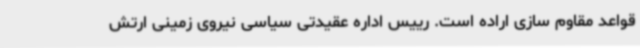
قواعد مقاوم سازی اراده است. رییس اداره عقیدتی سیاسی نیروی زمینی ارتش